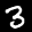
Label: 3